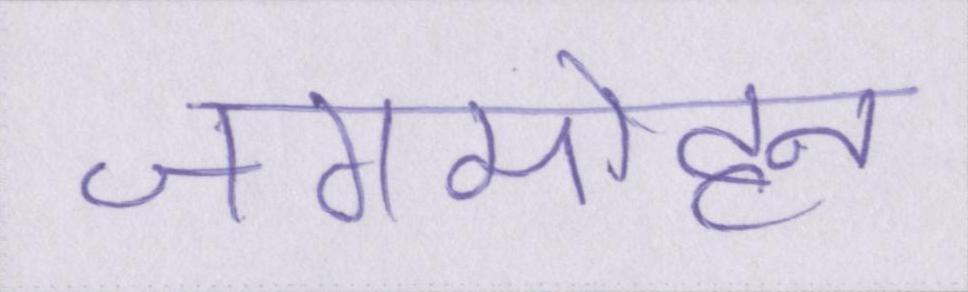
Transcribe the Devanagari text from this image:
जगमोहन